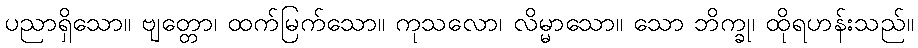
ပညာရှိသော။ ဗျတ္တော၊ ထက်မြက်သော။ ကုသလော၊ လိမ္မာသော။ သော ဘိက္ခု၊ ထိုရဟန်းသည်။